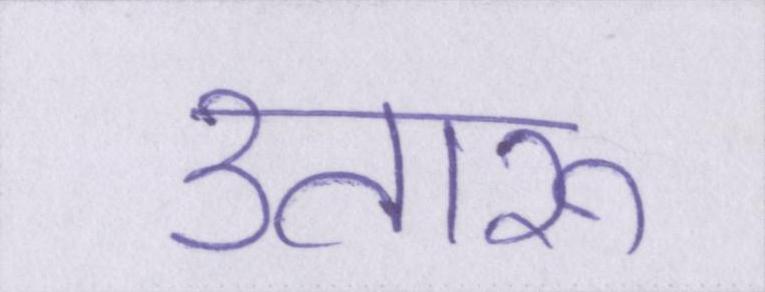
उतारू